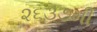
૨૬૩૭મી